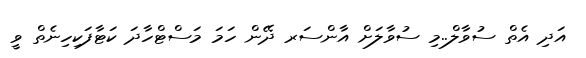
އަދި އެތް ސުވާލް..މި ސުވާލަށް އާންސަރ ދޭން ހަމަ މަސްޓްހާދަ ކަޓާފަކިހިނެތް ވީ